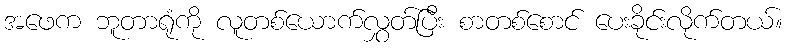
အဖေက ဘူတာရုံကို လူတစ်ယောက်လွှတ်ပြီး စာတစ်စောင် ပေးခိုင်းလိုက်တယ်။